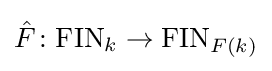
{\hat {F}}\colon \mathrm {FIN} _{k}\to \mathrm {FIN} _{F(k)}